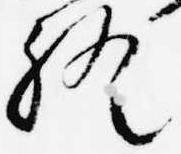
終